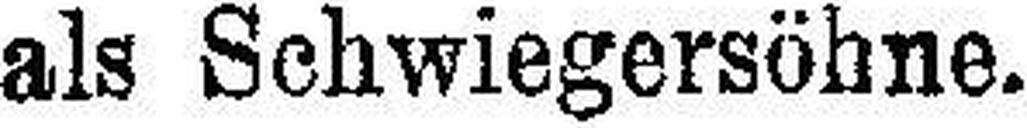
als Schwiegersöhne.